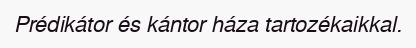
Prédikátor és kántor háza tartozékaikkal.